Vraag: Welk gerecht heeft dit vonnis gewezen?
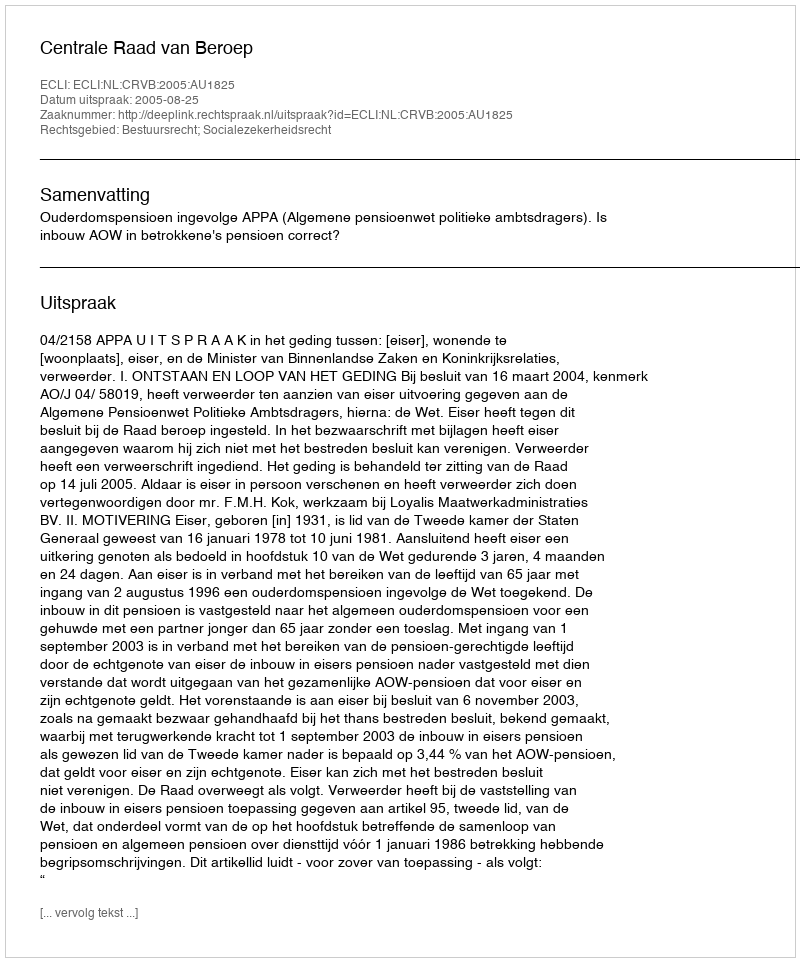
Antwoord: Centrale Raad van Beroep